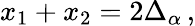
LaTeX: x_{1}+x_{2}=2\Delta_{\alpha}\, ,